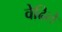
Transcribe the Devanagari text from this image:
वेढिले